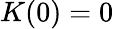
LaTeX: K(0)=0